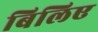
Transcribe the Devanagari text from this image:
बिलिए